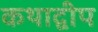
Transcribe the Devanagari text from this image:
कथाद्वीप